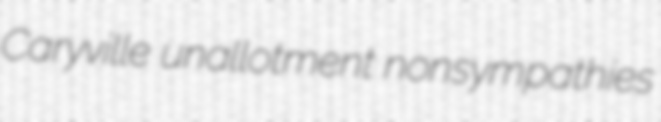
Caryville unallotment nonsympathies